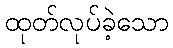
ထုတ်လုပ်ခဲ့သော